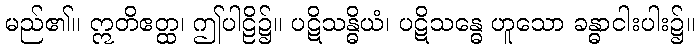
မည်၏။ ဣတိဧတ္ထ၊ ဤပါဠိ၌။ ပဋိသန္ဓိယံ၊ ပဋိသန္ဓေ ဟူသော ခန္ဓာငါးပါး၌။